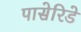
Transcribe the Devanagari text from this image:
पासेरिडे